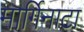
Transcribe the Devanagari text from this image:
मार्गिनाटा